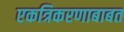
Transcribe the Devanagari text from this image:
एकत्रिकरणाबाबत